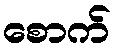
စောက်